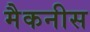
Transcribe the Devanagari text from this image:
मैकनीस